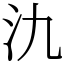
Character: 氿